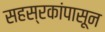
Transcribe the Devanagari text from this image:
सहस्रकांपासून